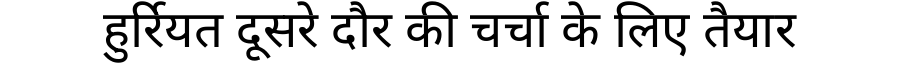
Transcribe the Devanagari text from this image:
हुर्रियत दूसरे दौर की चर्चा के लिए तैयार